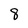
Character: 8